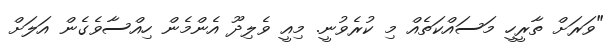
"ވަރަށް ތާރީހީ މަސައްކަތެއް މި ކުރެވުނީ. މިއީ ވެލިދޫ އެންމެން ހިއްސާވެގެން އަލަށް